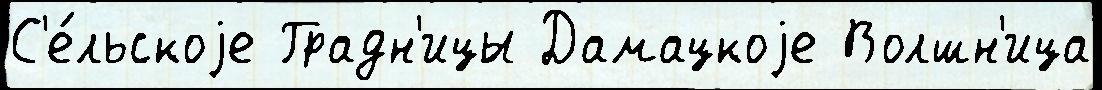
С'е́льскоjе Градн'ицы Дамацкоjе Волшн'ица